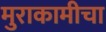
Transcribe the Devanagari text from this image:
मुराकामीचा